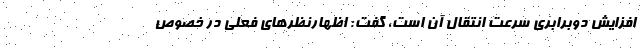
افزایش دوبرابری سرعت انتقال آن است، گفت: اظهارنظرهای فعلی در خصوص